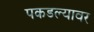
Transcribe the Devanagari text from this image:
पकडल्यावर